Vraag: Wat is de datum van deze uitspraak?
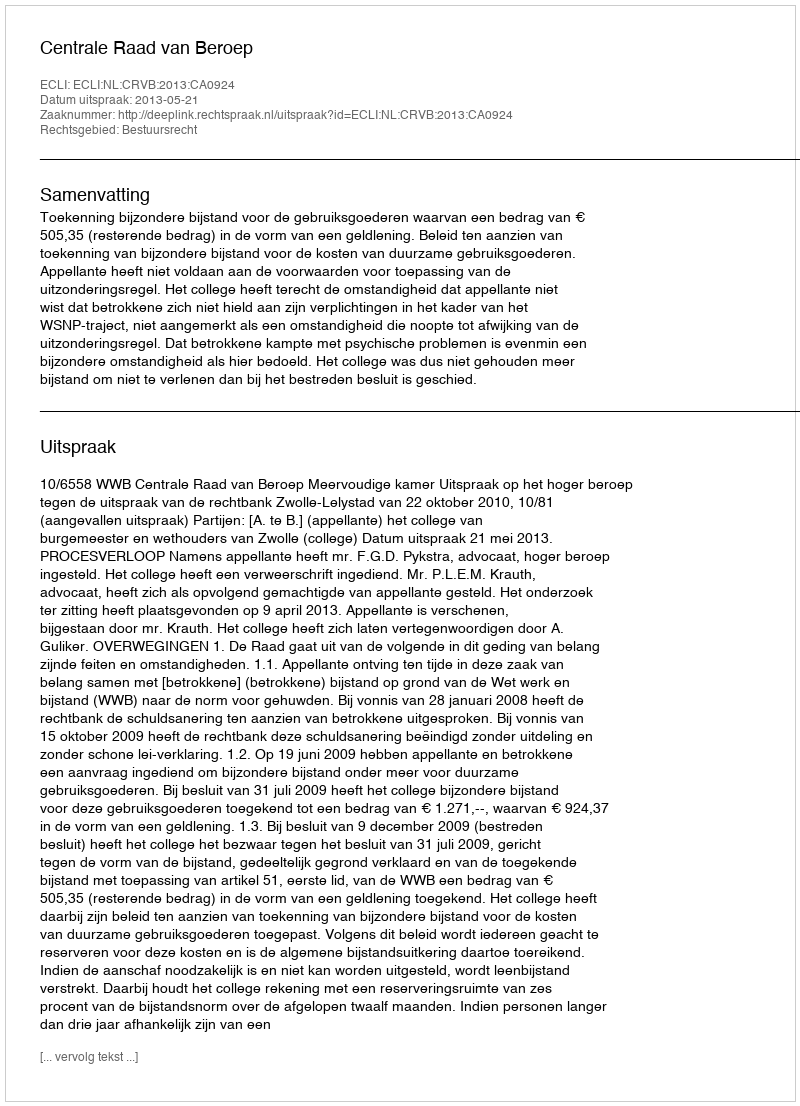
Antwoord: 2013-05-21